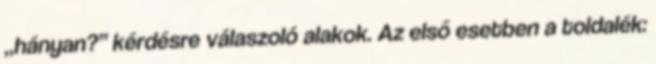
„hányan?” kérdésre válaszoló alakok. Az első esetben a toldalék: